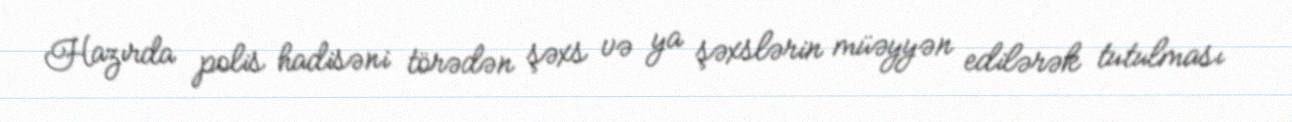
Hazırda polis hadisəni törədən şəxs və ya şəxslərin müəyyən edilərək tutulması